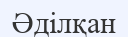
Әділқан